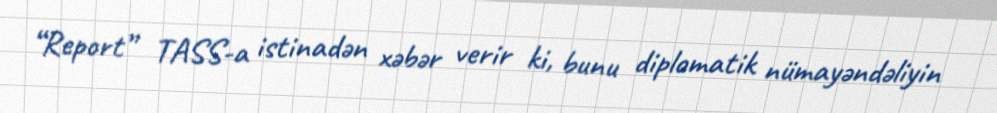
“Report” TASS-a istinadən xəbər verir ki, bunu diplomatik nümayəndəliyin